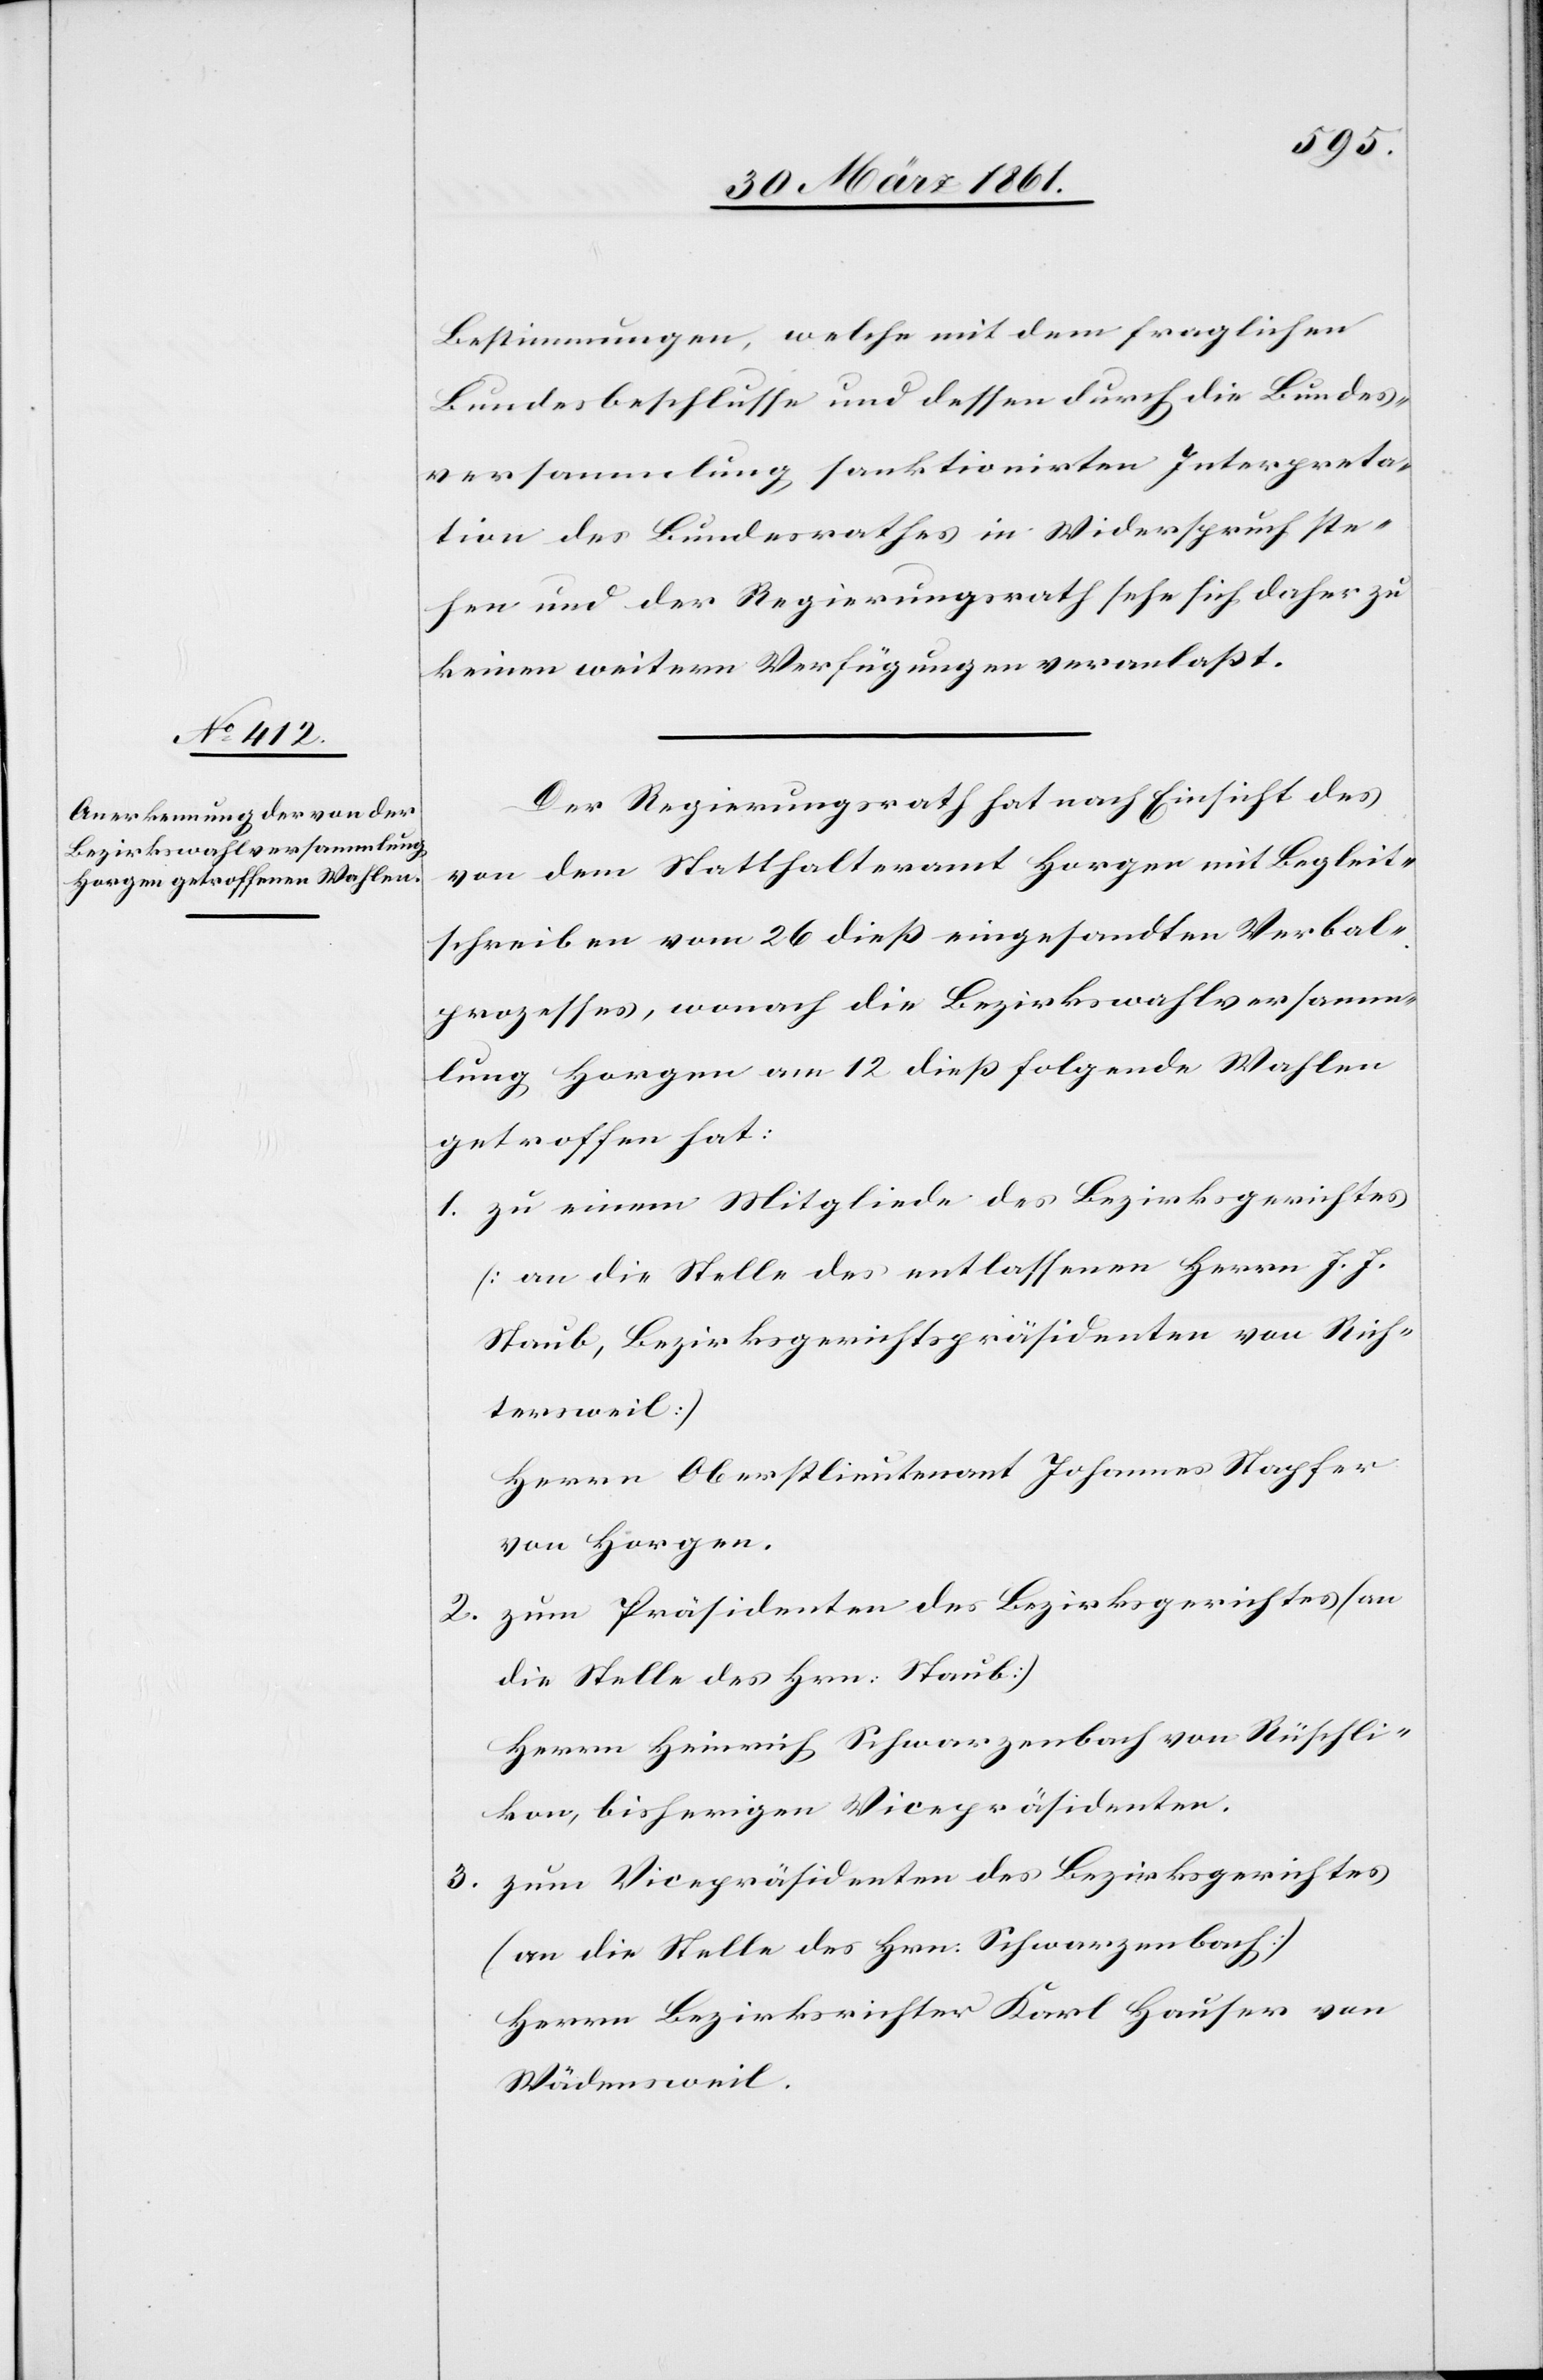
Bestimmungen, welche mit dem fraglichen
Bundesbeschlusse und dessen durch die Bundes¬
versammlung sanktionirten Interpreta¬
tion des Bundesrathes in Widerspruch ste¬
hen und der Regierungsrath sehe sicher daher zu
keinen weitern Verfügungen veranlaßt.
Der Regierungsrath hat nach Einsicht des
von dem Statthalteramt Horgen mit Begleit¬
schreiben vom 26. dieß eingesandten Verbal¬
prozesses, wonach die Bezirkswahlversamm¬
lung Horgen am 12. dieß folgende[n] Wahlen
getroffen hat:
1. zu einem Mitgliede des Bezirksgerichtes
(an die Stelle des entlassenen Herrn J. J.
Staub, Bezirksgerichtspräsidenten von Rich¬
tersweil)
Herrn Oberstlieutenant Johannes Stapfer
von Horgen.
2. zum Präsidenten des Bezirksgerichtes (an
die Stelle des Hrn. Staub)
Herrn Heinrich Schwarzenbach von Rüschli¬
kon, bisherigen Vicepräsidenten.
3. zum Vicepräsidenten des Bezirksgerichtes
(an die Stelle des Hrn. Schwarzenbach)
Herrn Bezirksrichter Karl Hauser von
Wädensweil.